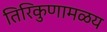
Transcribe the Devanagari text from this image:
तिरिकुणामळय